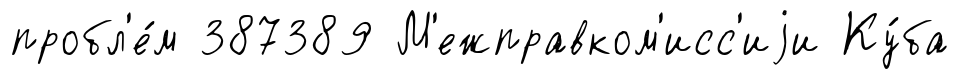
пробл'е́м 387389 М'ежправком'исс'иjи Ку́ба